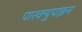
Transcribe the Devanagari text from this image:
पारक्युपाइन